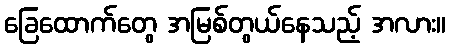
ခြေထောက်တွေ အမြစ်တွယ်နေသည့် အလား။